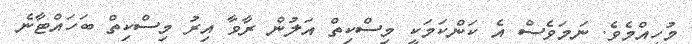
މުހިއްމެވެ. ނަމަވެސް އެ ކަންކަމަކީ މިސްކިތް އަލުން ރާވާ އިރު މިސްކިތް ބަހައްޓާނެ